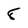
Character: 8